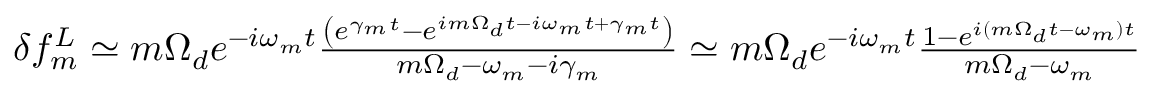
\begin{array} { r } { \delta f _ { m } ^ { L } \simeq m \Omega _ { d } e ^ { - i \omega _ { m } t } \frac { \left( e ^ { \gamma _ { m } t } - e ^ { i m \Omega _ { d } t - i \omega _ { m } t + \gamma _ { m } t } \right) } { m \Omega _ { d } - \omega _ { m } - i \gamma _ { m } } \simeq m \Omega _ { d } e ^ { - i \omega _ { m } t } \frac { 1 - e ^ { i ( m \Omega _ { d } t - \omega _ { m } ) t } } { m \Omega _ { d } - \omega _ { m } } } \end{array}